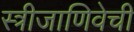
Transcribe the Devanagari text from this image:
स्त्रीजाणिवेची